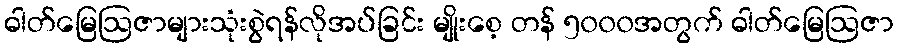
ဓါတ်မြေဩဇာများသုံးစွဲရန်လိုအပ်ခြင်း မျိုးစေ့ တန် ၅၀၀၀အတွက် ဓါတ်မြေဩဇာ